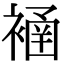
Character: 𧜄